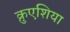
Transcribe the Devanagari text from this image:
क्रुएशिया